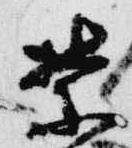
禁